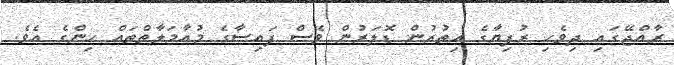
ރާއްޖޭގައި ދިވެހި ރުފިޔާގެ އިތުރުން ޑޮލަރުން ވެސް ފައިސާގެ މުއާމަލާތްތައް ހިންގެ އެވެ.